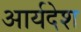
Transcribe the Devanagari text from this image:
आर्यदेश